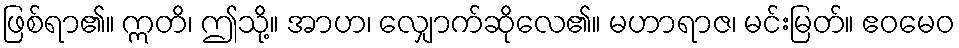
ဖြစ်ရာ၏။ ဣတိ၊ ဤသို့။ အာဟ၊ လျှောက်ဆိုလေ၏။ မဟာရာဇ၊ မင်းမြတ်။ ဧဝမေဝ